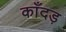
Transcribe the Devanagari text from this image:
काँदड़